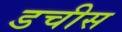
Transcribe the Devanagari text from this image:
डचीस